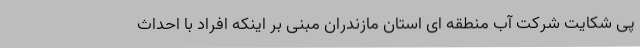
پی شکایت شرکت آب منطقه ای استان مازندران مبنی بر اینکه افراد با احداث